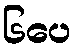
၆ပေ